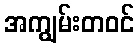
အကျွမ်းတဝင်